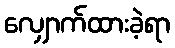
လျှောက်ထားခဲ့ရာ